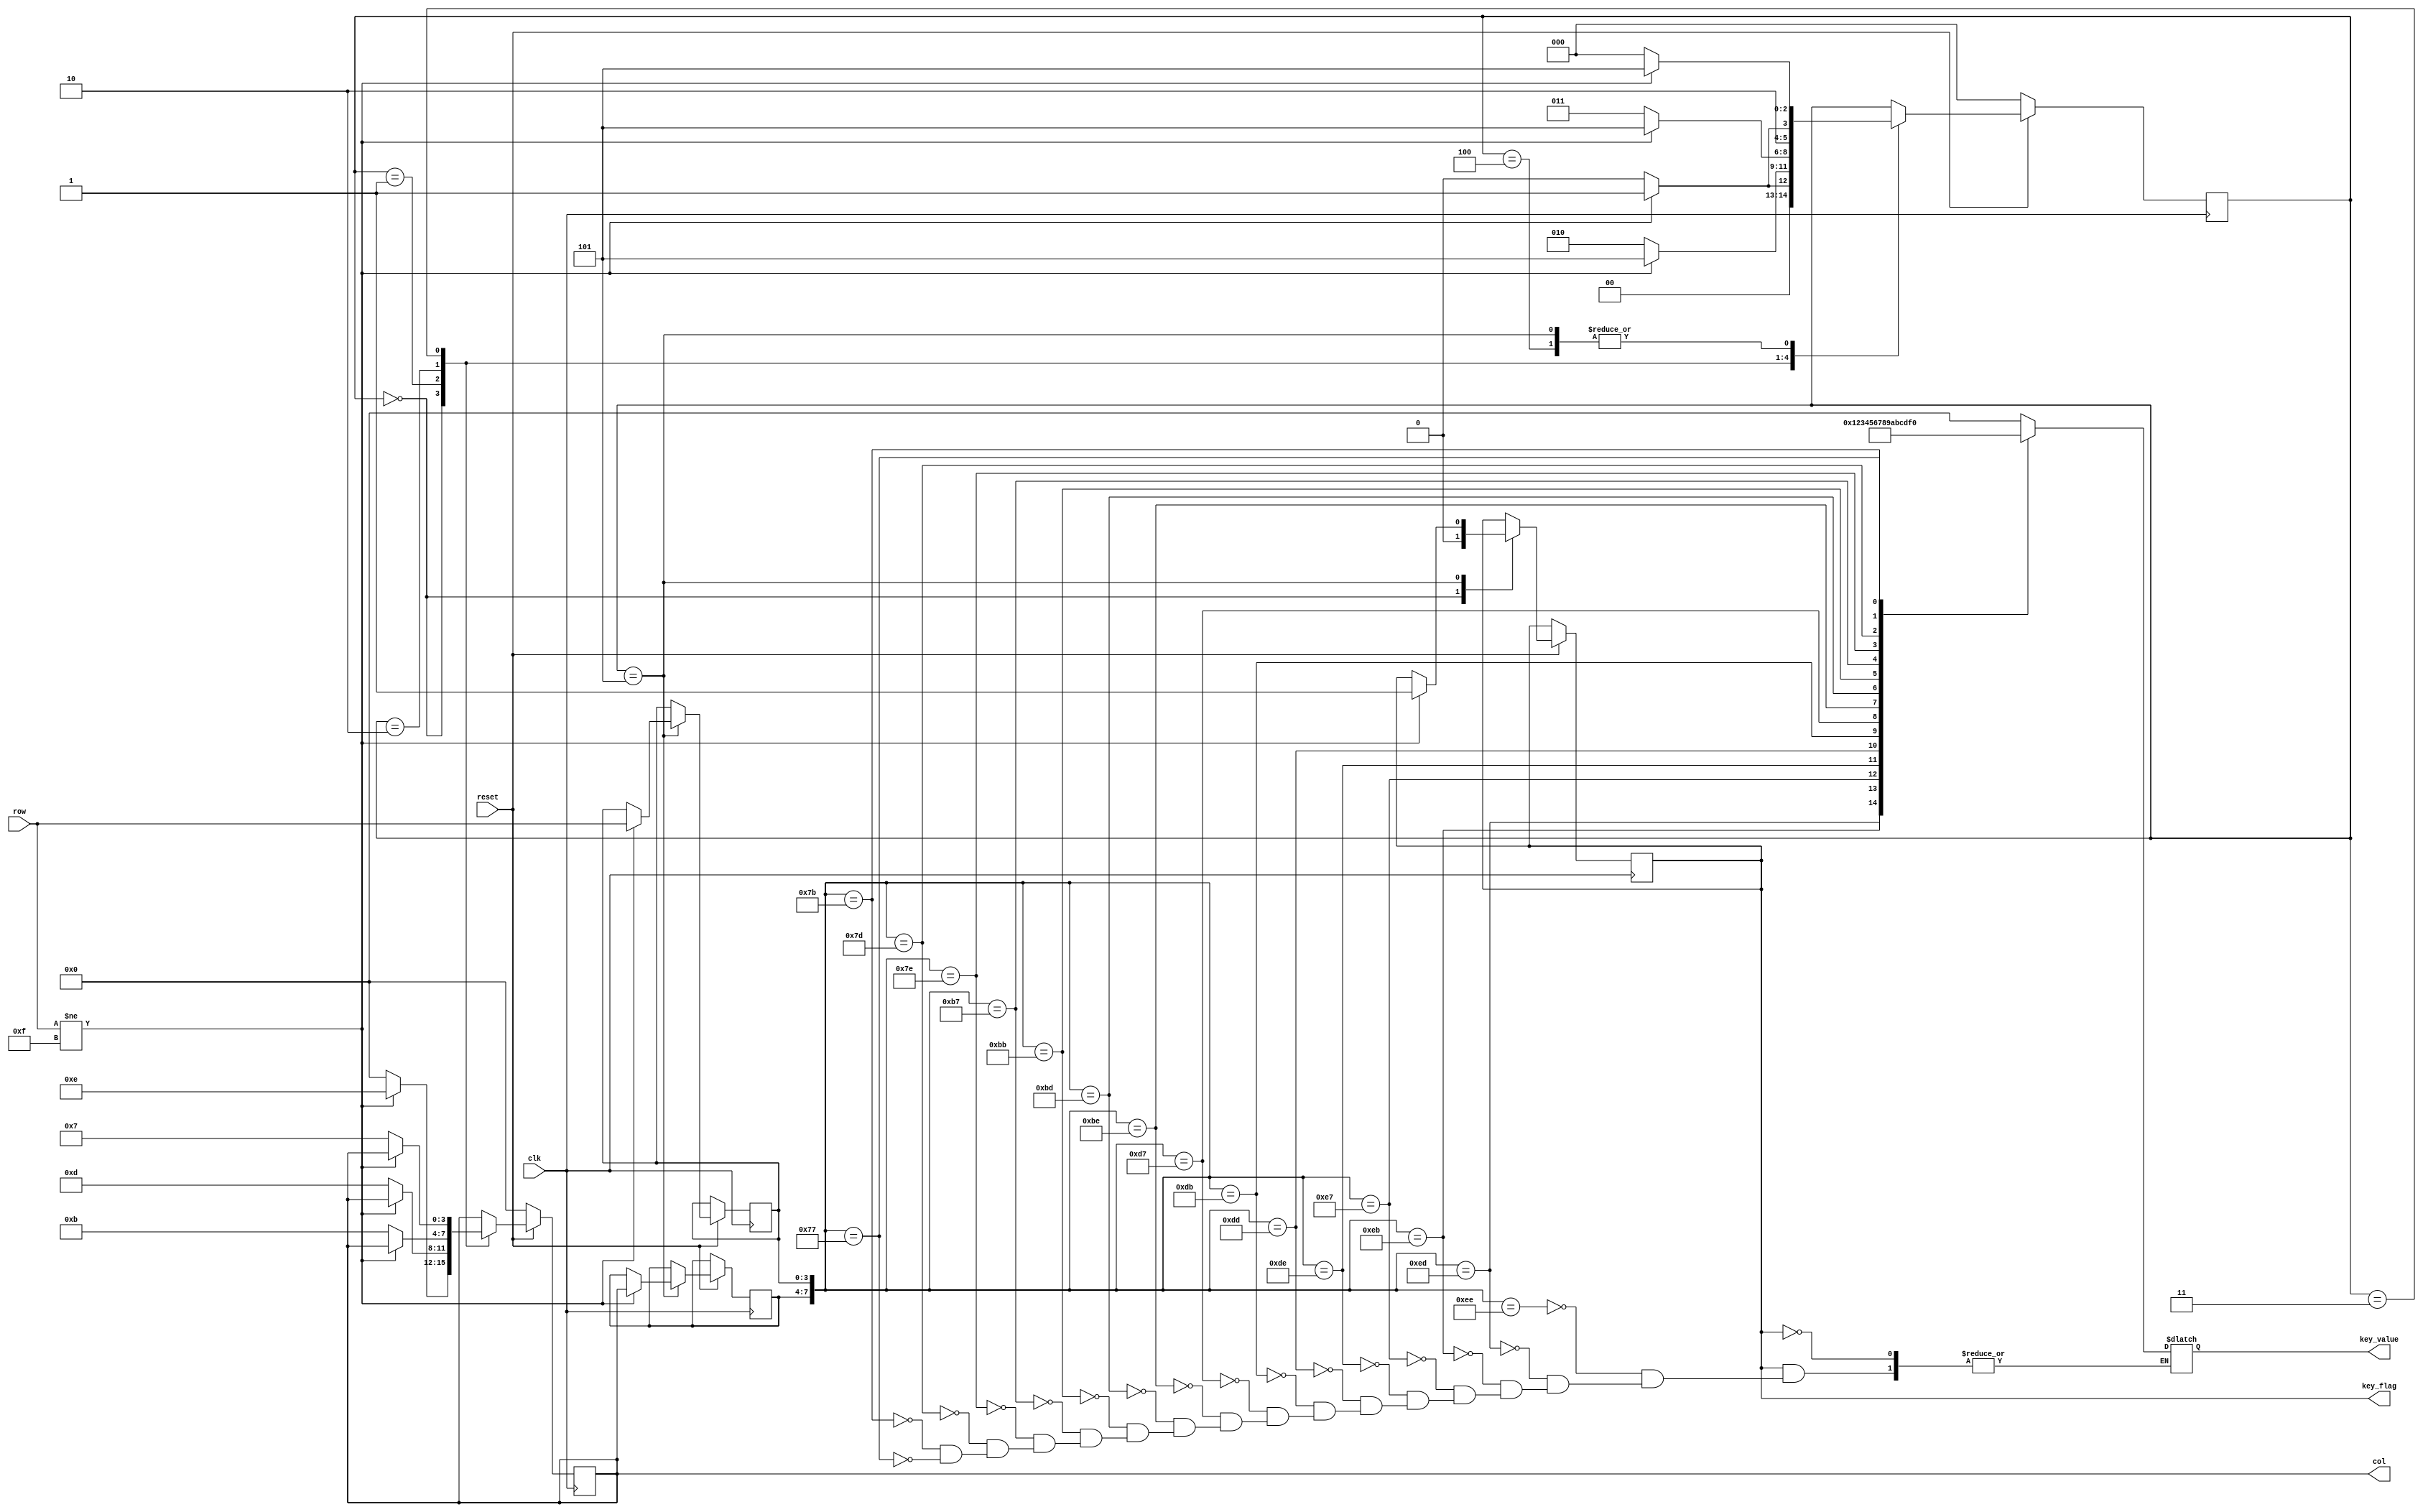
module keyboard(clk, reset, row, col, key_value,key_flag);
input clk,reset;
input [3:0] row;
output [3:0] col;
output [3:0] key_value;
output key_flag;

reg [3:0] col;
reg [3:0] key_value;
reg [2:0] state;  //
reg key_flag;   //
reg [3:0] col_reg;  //
reg [3:0] row_reg;  //

always @(posedge clk)
	if(!reset) begin col<=4'b0000;state<=0;end
	else
	begin
		case (state)
			0:
			begin
				col[3:0]<=4'b0000;
				key_flag<=1'b0;
				if(row[3:0]!=4'b1111) begin state<=1;col[3:0]<=4'b1110;end //
				else state<=0;
			end
			1: 
			begin
				if(row[3:0]!=4'b1111) begin state<=5;end   //
				else  begin state<=2;col[3:0]<=4'b1101;end  //
			end
			2:
			begin   
				if(row[3:0]!=4'b1111) begin state<=5;end    //
				else  begin state<=3;col[3:0]<=4'b1011;end  //
			end
			3:
			begin   
				if(row[3:0]!=4'b1111) begin state<=5;end   //
				else  begin state<=4;col[3:0]<=4'b0111;end  //
			end
			4:
			begin   
				if(row[3:0]!=4'b1111) begin state<=5;end  //
				else  state<=0;
			end
			5:
			begin 
				if(row[3:0]!=4'b1111)
				begin
					col_reg<=col;  //
					row_reg<=row;  //
					state<=5;
					key_flag<=1'b1;  //
				end            
				else
					begin state<=0;end
			end   
		endcase
	end

 always @(clk or col_reg or row_reg)
 begin
 if(key_flag==1'b1)
                begin
                     case ({col_reg,row_reg})
                      8'b1110_1110:key_value<=0;
                      8'b1110_1101:key_value<=1;
                      8'b1110_1011:key_value<=2;
                      8'b1110_0111:key_value<=3;
                      8'b1101_1110:key_value<=4;
                      8'b1101_1101:key_value<=5;
                      8'b1101_1011:key_value<=6;
                      8'b1101_0111:key_value<=7;
                      8'b1011_1110:key_value<=8;
                      8'b1011_1101:key_value<=9;
                      8'b1011_1011:key_value<=10;
                      8'b1011_0111:key_value<=11;
                      8'b0111_1110:key_value<=12;
                      8'b0111_1101:key_value<=13;
                      8'b0111_1011:key_value<=14;
                      8'b0111_0111:key_value<=15;    
                     endcase
              end  
end  
   
endmodule